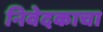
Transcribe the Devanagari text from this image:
निवेदकाचा